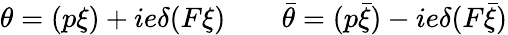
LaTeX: \theta=(p\xi)+ie\delta(F\xi)\qquad\bar{\theta}=(p\bar{\xi})-ie\delta(F\bar{\xi})